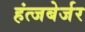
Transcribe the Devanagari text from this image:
हंत्जबेर्जर